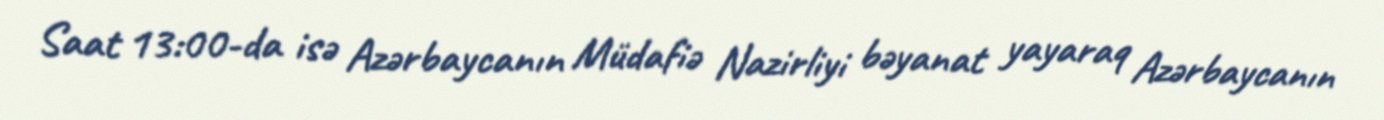
Saat 13:00-da isə Azərbaycanın Müdafiə Nazirliyi bəyanat yayaraq Azərbaycanın